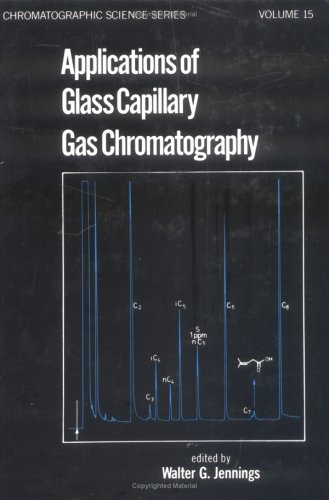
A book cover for Applications of Glass Capillary Gas Chromatography (Chromatographic Science Series); W. Jennings; Science & Math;